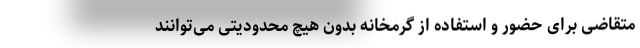
متقاضی برای حضور و استفاده از گرمخانه بدون هیچ محدودیتی می‌توانند